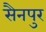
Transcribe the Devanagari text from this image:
सैनपुर